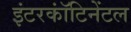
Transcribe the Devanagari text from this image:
इंटरकॉंटिनेंटल